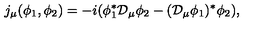
j _ { \mu } ( \phi _ { 1 } , \phi _ { 2 } ) = - i ( \phi _ { 1 } ^ { * } { \cal D } _ { \mu } \phi _ { 2 } - ( { \cal D } _ { \mu } \phi _ { 1 } ) ^ { * } \phi _ { 2 } ) ,